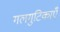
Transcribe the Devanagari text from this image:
गलगुटिकाएँ